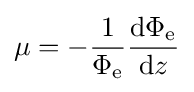
\mu =-{\frac {1}{\Phi _{\mathrm {e} }}}{\frac {\mathrm {d} \Phi _{\mathrm {e} }}{\mathrm {d} z}}